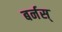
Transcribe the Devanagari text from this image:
बर्नस्